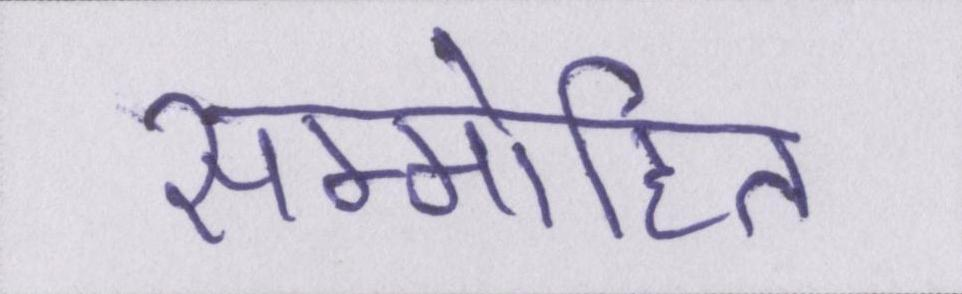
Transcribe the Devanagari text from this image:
सम्मोहित